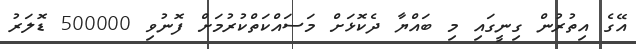
އޭގެ އިތުރުން ގިނީގައި މި ބައްޔާ ދެކޮޅަށް މަސައްކަތްކުރުމަށް ފޮނުވި 500000 ޑޮލަރު